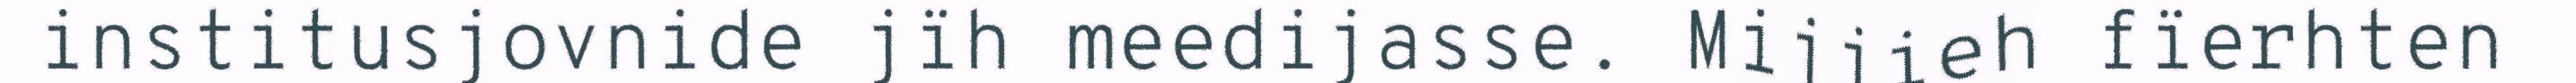
institusjovnide jïh meedijasse. Mijjieh fïerhten